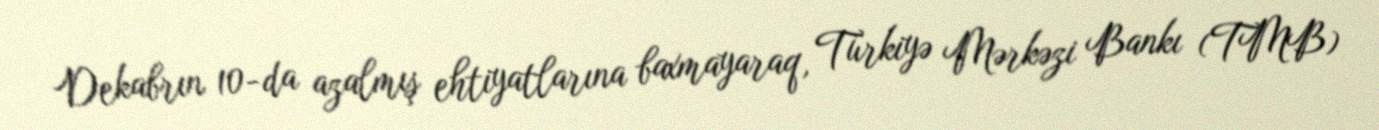
Dekabrın 10-da azalmış ehtiyatlarına baxmayaraq, Türkiyə Mərkəzi Bankı (TMB)